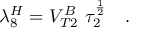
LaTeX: \lambda _ { 8 } ^ { H } = V _ { T 2 } ^ { B } \ \tau _ { 2 } ^ { \frac { 1 } { 2 } } \quad .